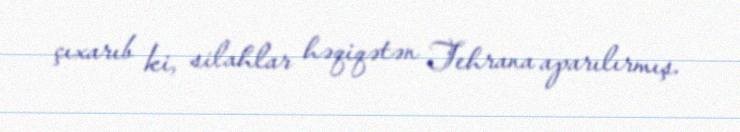
çıxarıb ki, silahlar həqiqətən Tehrana aparılırmış.